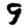
Digit: 9